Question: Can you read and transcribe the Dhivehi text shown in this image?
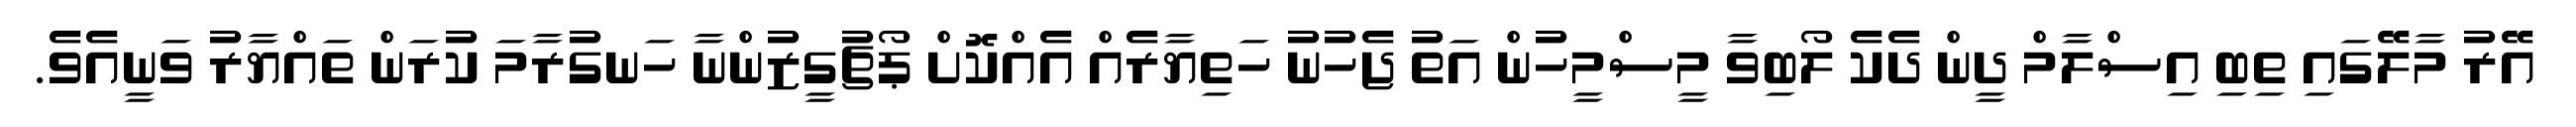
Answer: އޭރު މާލޭގައި ތިބި އިސްލާމް ދީން ދެކެ ލޯބިވާ މީސްމީހުން އަތު ޖެހުނު ހަތިޔާރެއް އެއްކޮށް ޕޯޗުގީޒުންނާ ހަނގުރާމަ ކުރަން ތައްޔާރު ވަނީއެވެ.